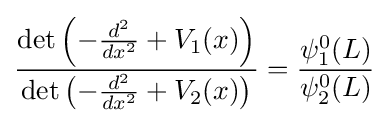
{\frac {\det \left(-{\frac {d^{2}}{dx^{2}}}+V_{1}(x)\right)}{\det \left(-{\frac {d^{2}}{dx^{2}}}+V_{2}(x)\right)}}={\frac {\psi _{1}^{0}(L)}{\psi _{2}^{0}(L)}}